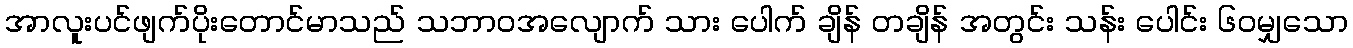
အာလူးပင်ဖျက်ပိုးတောင်မာသည် သဘာဝအလျောက် သား ပေါက် ချိန် တချိန် အတွင်း သန်း ပေါင်း ၆၀မျှသော